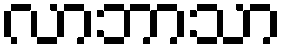
လာဘာသာ